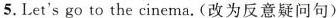
5.Let's go to the cinema.(改为反意疑问句)